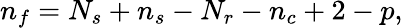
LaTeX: n_{f}=N_{s}+n_{s}-N_{r}-n_{c}+2-p,